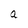
Character: a